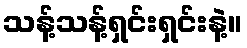
သန့်သန့်ရှင်းရှင်းနဲ့။